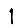
Digit: 1